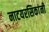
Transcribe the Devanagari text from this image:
नाटयरसिकांनी